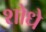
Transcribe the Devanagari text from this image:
शोधे